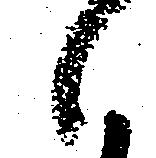
候